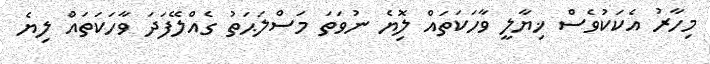
މިހާރު އެކަކުވެސް ޚިޔާލީ ވާހަކަތައް ލިޮޔެ ނުވަތަ މަސްލަޙަތު ގެއްލޭފަދަ ވާހަކަތައް ލިޔެ